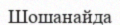
Шошанайда